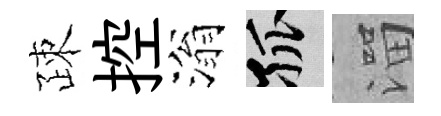
疎控滃孤溜